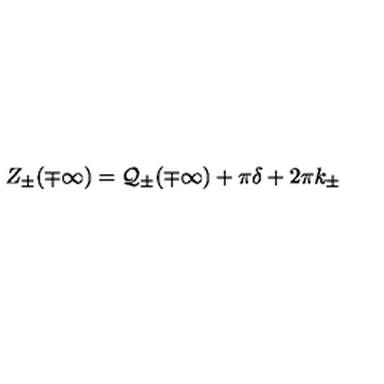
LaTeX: Z _ { \pm } ( \mp \infty ) = { \cal Q } _ { \pm } ( \mp \infty ) + \pi \delta + 2 \pi k _ { \pm }